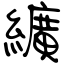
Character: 纊